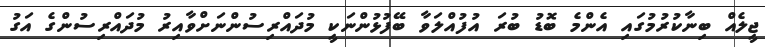
ޖީލެއް ބިނާކުރުމުގައި އެންމެ ބޮޑު ބުރަ އުފުއްލަވާ ބޭފުޅުންނަކީ މުދައްރިސުންނަށްވާއިރު މުދައްރިސުންގެ އަގު